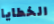
الخطايا